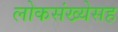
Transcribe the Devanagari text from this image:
लोकसंख्येसह